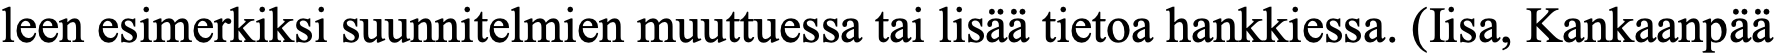
leen esimerkiksi suunnitelmien muuttuessa tai lisää tietoa hankkiessa. (Iisa, Kankaanpää